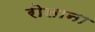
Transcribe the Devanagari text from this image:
रोलाना